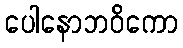
ပေါနောဘဝိကော